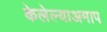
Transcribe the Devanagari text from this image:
केलेल्याअमाप